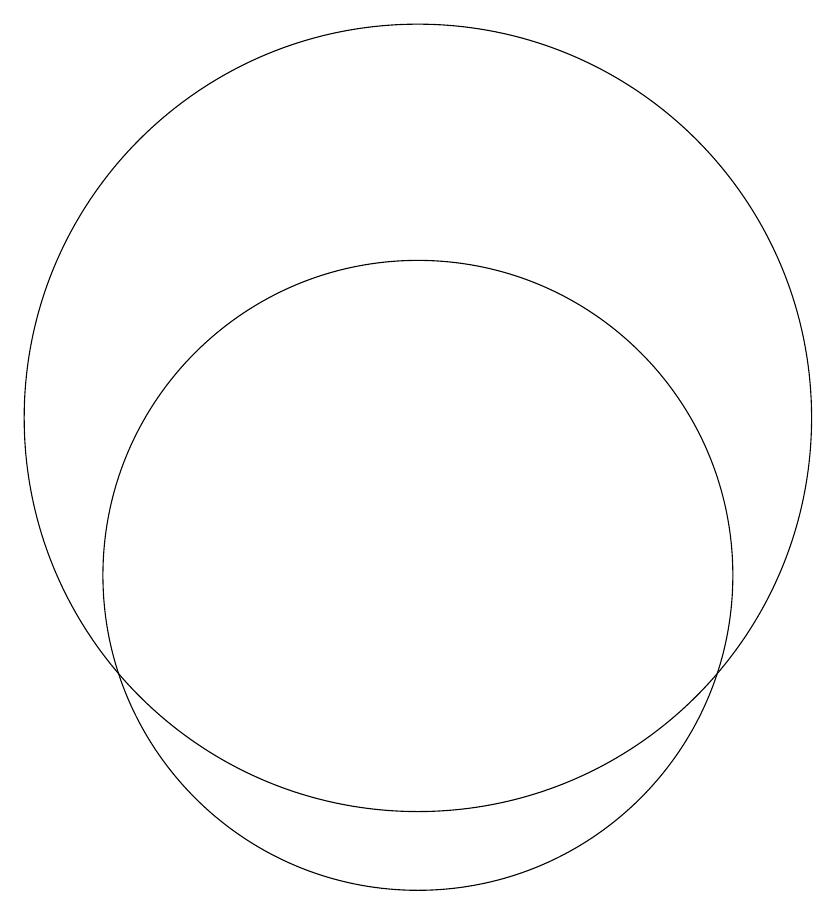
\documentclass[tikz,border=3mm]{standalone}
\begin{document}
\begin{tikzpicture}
\draw (11,11) circle (0);
\draw (11,10) circle (4);
\draw (11,12) circle (5);
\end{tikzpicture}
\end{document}